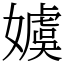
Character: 𡢢